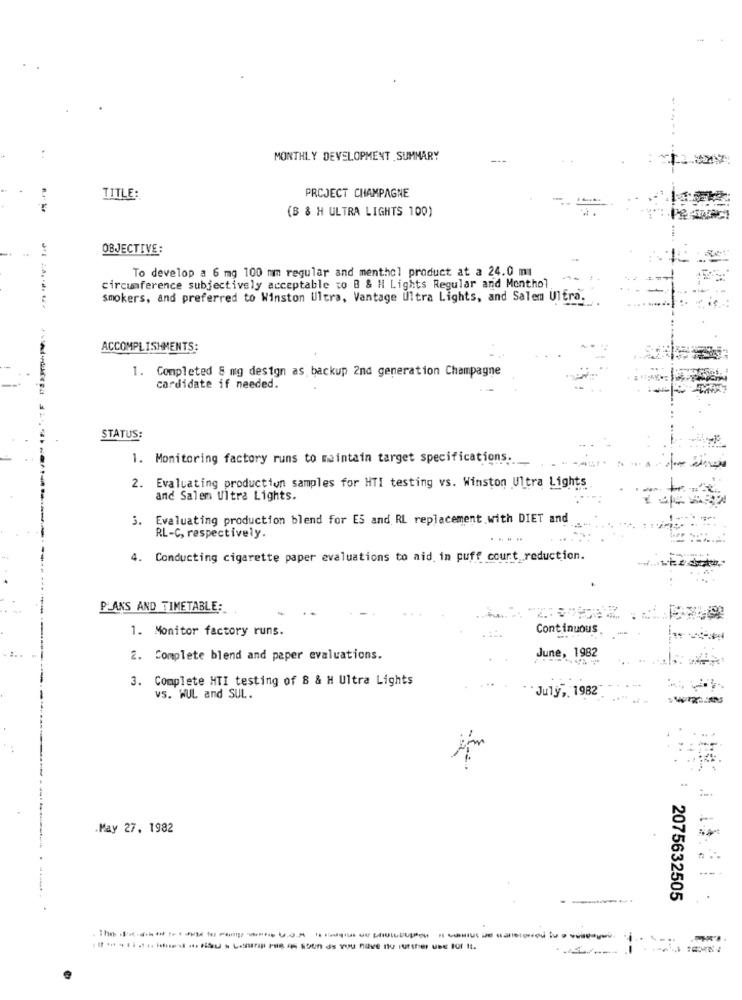
MONTHLY DEVELOPMENT SUMMARY
TITLE:
PROJECT CHAMPAGNE
(B & H ULTRA LIGHTS 100)
OBJECTIVE:
To develop a 6 mg 100 mm regular and menthol product at a 24.0 mi
circumference subjectively acceptable to B & H Lights Regular and Monthol
smokers, and preferred to Winston Ultra, Vantage Ultra Lights, and Salem Ultra.
ACCOMPLISHMENTS:
1. Completed 8 mg design as backup 2nd generation Champagne
cardidate if needed.
STATUS:
1. Monitoring factory runs to maintain target specifications.
2. Evaluating production samples for HTI testing vs. Winston Ultra Lights
and Salem Ultra Lights.
3. Evaluating production blend for ES and RL replacement with DIET and
RL-C, respectively.
. ..
4. Conducting cigarette paper evaluations to aid in puff court reduction.
PLANS AND TIMETABLE:
1. Monitor factory runs.
Continuous .
June, 1982
2. Complete blend and paper evaluations.
3. Complete HTI testing of 8 & H Ultra Lights
vS. WUL and SUL.
July, 1982
.May 27. 1982
--
2075632505
The ----------------------
---